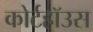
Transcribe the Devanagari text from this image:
कोर्टहॉउस